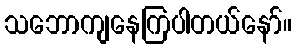
သဘောကျနေကြပါတယ်နော်။